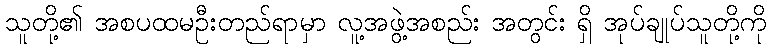
သူတို့၏ အစပထမဦးတည်ရာမှာ လူ့အဖွဲ့အစည်း အတွင်း ရှိ အုပ်ချုပ်သူတို့ကို